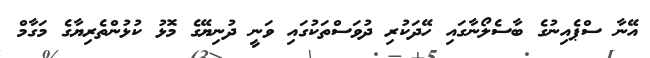
އޭނާ ސްޕެއިނުގެ ބާސެލޯނާގައި ހޭދަކުރި ދުވަސްތަކުގައި ވަނީ ދުނިޔޭގެ މޮޅު ކުޅުންތެރިޔާގެ މަގާމް